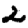
Digit: 2